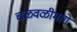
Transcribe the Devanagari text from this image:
चळवळीमागे